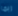
ربما